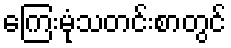
ကြေးမုံသတင်းစာတွင်